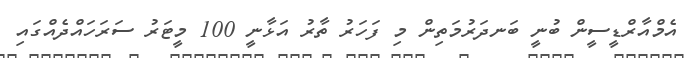
އެމްއާރްޑީސީން ބުނީ ބަނދަރުމަތިން މި ފަހަރު ތާރު އަޅާނީ 100 މީޓަރު ސަރަހައްދެއްގައި